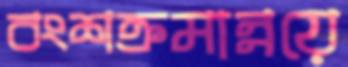
বংশক্রমান্নয়ে